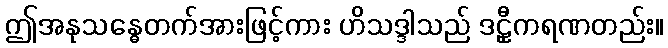
ဤအနုသန္ဓေတက်အားဖြင့်ကား ဟိသဒ္ဒါသည် ဒဠှီကရဏတည်း။